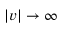
| v | \rightarrow \infty